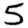
Digit: 5